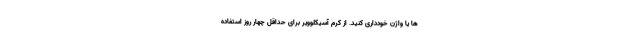
ها یا واژن خودداری کنید. از کرم آسیکلوویر برای حداقل چهار روز استفاده